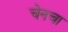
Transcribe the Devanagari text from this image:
चेनचा